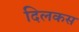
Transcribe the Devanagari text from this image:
दिलकस